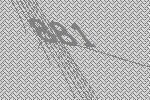
881